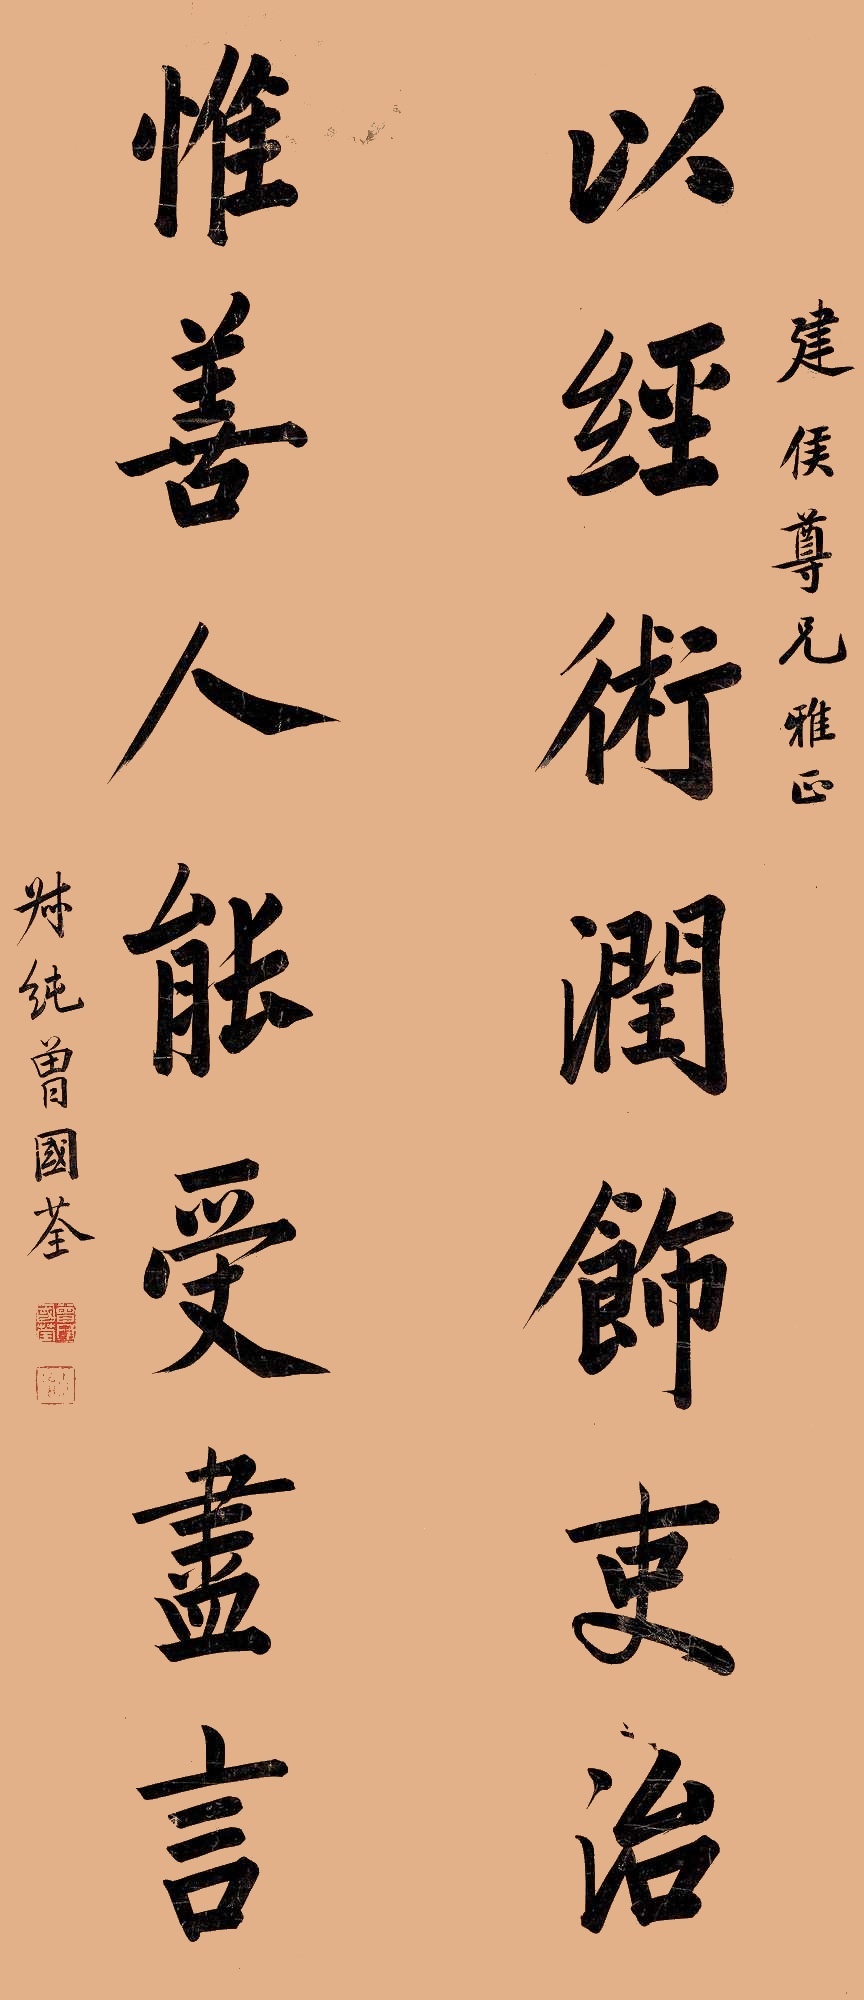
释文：以经术润饰吏治，惟善人能受尽言。建侯尊兄雅正。叔纯曾国荃。